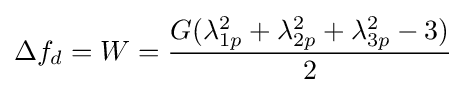
\Delta f_{d}=W={\frac {G(\lambda _{1p}^{2}+\lambda _{2p}^{2}+\lambda _{3p}^{2}-3)}{2}}